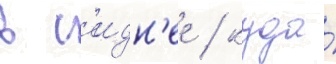
в с'идн'ее / куда́